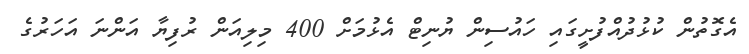
އެގޮތުން ކުޅުދުއްފުށީގައި ހައުސިން ޔުނިޓް އެޅުމަށް 400 މިލިއަން ރުފިޔާ އަންނަ އަހަރުގެ